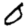
Digit: 0